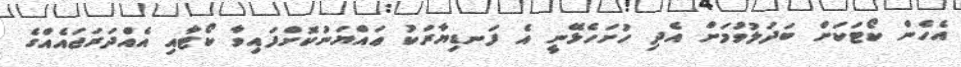
އެހެން ކޯޓަކަށް ބަދަލުވުމަށް އެދި ހުށަހެޅޭނީ އެ ފަނޑިޔާރަކު ޢައްޔަނުކޮށްފައިވާ ކޯޓާއި އެއްދަރަޖައެއްގެ